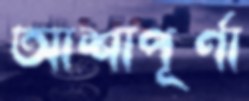
আশাপূর্ণা